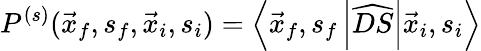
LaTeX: P^{(s)}(\vec{x}_{f},s_{f},\vec{x}_{i},s_{i})=\left\langle\vec{x}_{f},s_{f}\left|\widehat{DS}\right|\vec{x}_{i},s_{i}\right\rangle